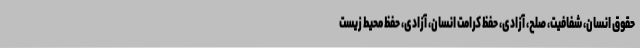
حقوق انسان، شفافیت، صلح، آزادی، حفظ کرامت انسان، آزادی، حفظ محیط زیست